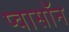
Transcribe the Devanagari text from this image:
प्वासॉन